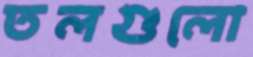
তলগুলো